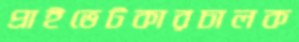
প্রাইভেটকারচালক